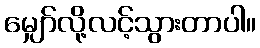
မျှော်လို့လင့်သွားတာပါ။